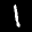
Label: 1